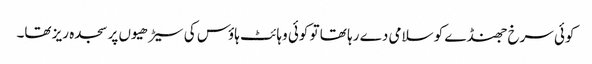
کوئی سرخ جھنڈے کو سلامی دے رہا تھا تو کوئی وہائٹ ہاؤس کی سیڑھیوں پر سجدہ ریز تھا۔